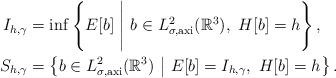
LaTeX: \begin{align*}I_{h,\gamma}&=\inf \left\{E[b] \ \Bigg|\ b \in L^{2}_{\sigma,\textrm{axi}}(\mathbb{R}^{3}),\ H[b]=h \right\},\\S_{h,\gamma}&=\left\{b\in L^{2}_{\sigma,\textrm{axi}}(\mathbb{R}^{3})\ \middle|\ E[b]=I_{h,\gamma},\ H[b]=h \right\}.\end{align*}